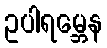
ဥပါရမ္ဘေန